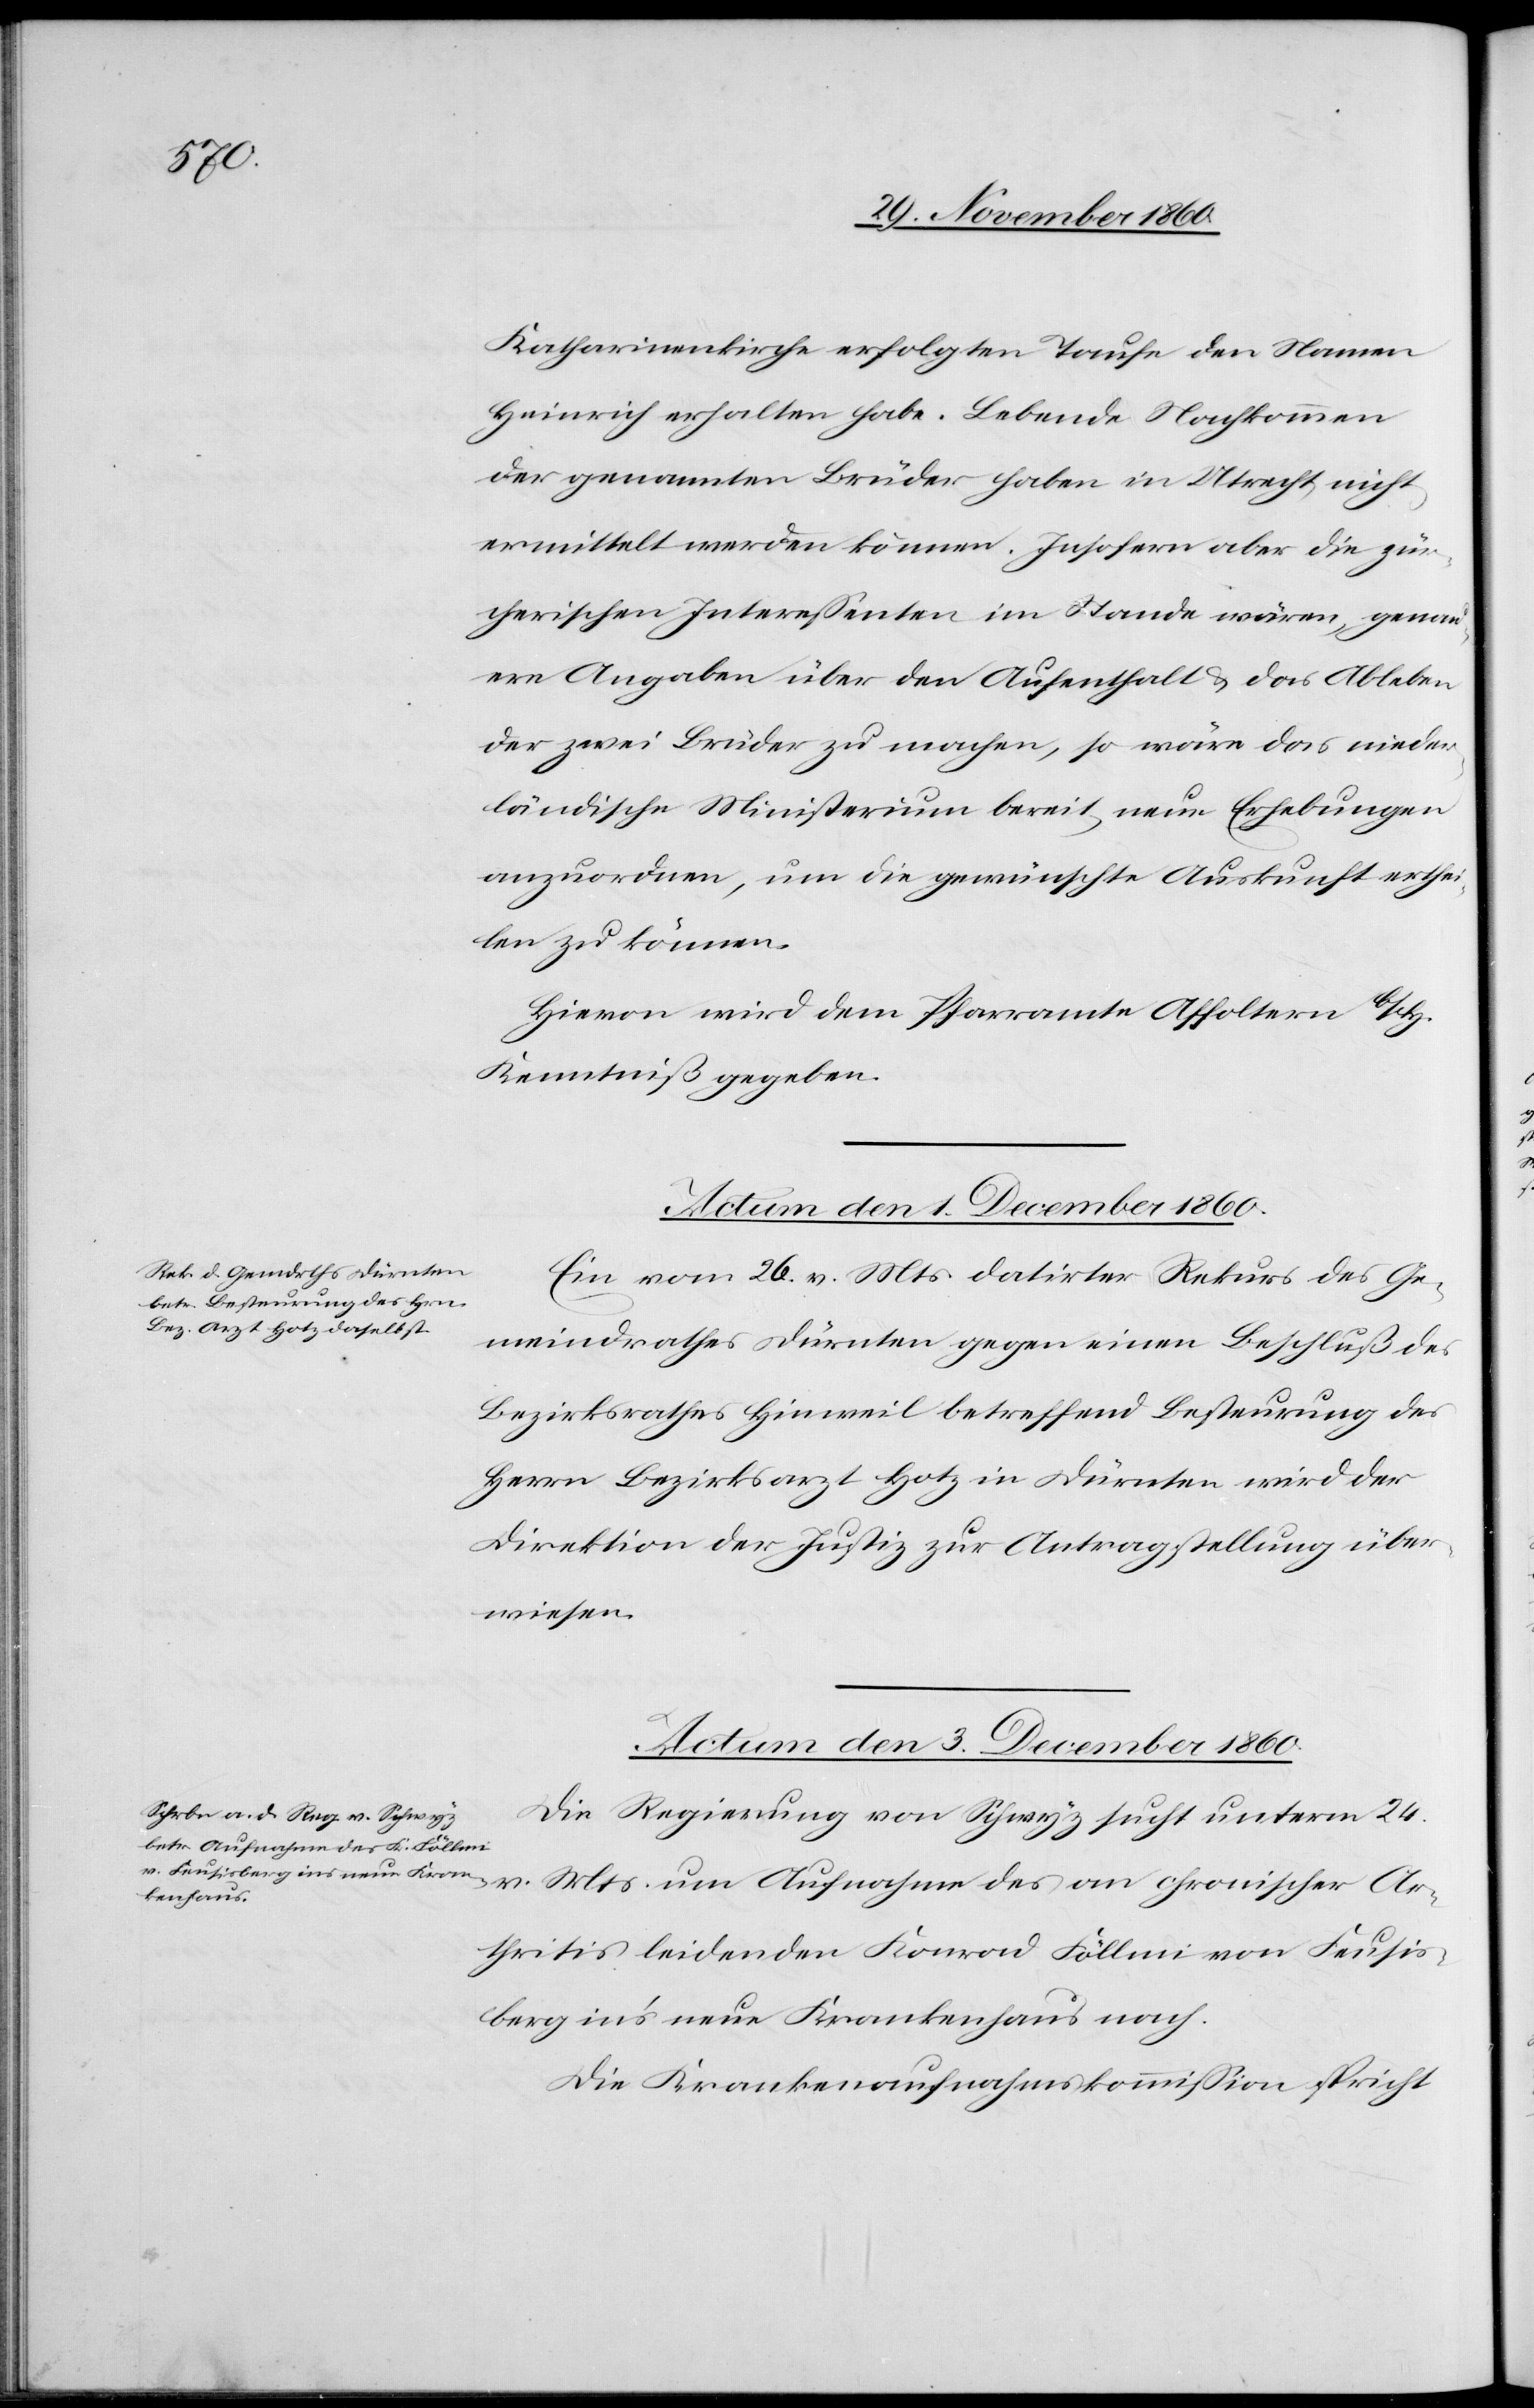
Katharinenkirche erfolgten Taufe den Namen
Heinrich erhalten habe. Lebende Nachkommen
der genannten Brüder haben in Utrecht nicht
ermittelt werden können. Insofern aber die zür¬
cherischen Interessenten im Stande wären, genau¬
ere Angaben über den Aufenthalt u. das Ableben
der zwei Brüder zu machen, so wäre das nieder¬
ländische Ministerium bereit, neue Erhebungen
anzuordnen, um die gewünschte Auskunft erthei¬
len zu können.
Hievon wird dem Pfarramte Affoltern b/H.
Kenntniß gegeben.
Actum den 1. Dezember 1860.
Ein vom 26. v. Mts. datirter Rekurs des Ge¬
meindrathes Dürnten gegen einen Beschluß des
Bezirksrathes Hinweil betreffend Besteurung des
Herrn Bezirksarzt Hotz in Dürnten wird der
Direktion der Justiz zur Antragstellung über¬
wiesen.
Actum den 3. Dezember 1860.
Die Regierung von Schwyz sucht unterm 24.
Arthritis leidenden Konrad Föllmi von Feusis¬
berg in’s neue Krankenhaus nach.
Die Krankenaufnahmskommission spricht